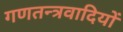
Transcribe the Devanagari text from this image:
गणतन्त्रवादियों